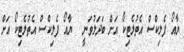
ޔާއޯ ފެލިކްސް އެތުލެޓިކޯ އަށް ބަދަލުވަނީ  	ޔާއޯ ފެލިކްސް އެތުލެޓިކޯ އަށް